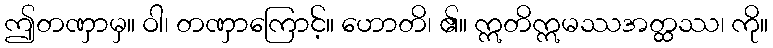
ဤတဏှာမှ။ ဝါ၊ တဏှာကြောင့်။ ဟောတိ၊ ၏။ ဣတိဣမဿအတ္ထဿ၊ ကို။